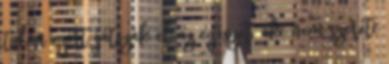
talán ezért játszák el az egészet, aki nem szereti